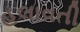
હલાવતી